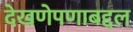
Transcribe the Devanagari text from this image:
देखणेपणाबद्दल